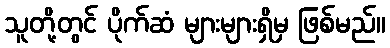
သူတို့တွင် ပိုက်ဆံ များများရှိမှ ဖြစ်မည်။